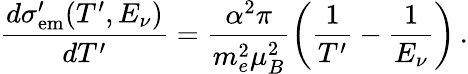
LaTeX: \frac{d\sigma_{\mathrm{em}}^{\prime}(T^{\prime},E_{\nu})}{dT^{\prime}}=\frac{\alpha^{2}\pi}{m_{e}^{2}\mu_{B}^{2}}\left(\frac{1}{T^{\prime}}-\frac{1}{E_{\nu}}\right)\, .